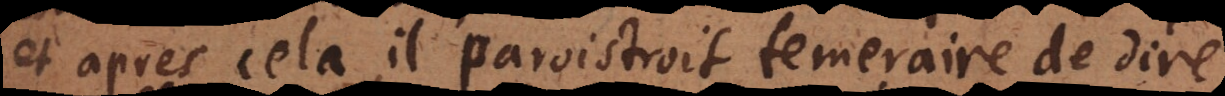
et après cela, il paroistroit temeraire de dire